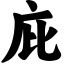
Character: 庇